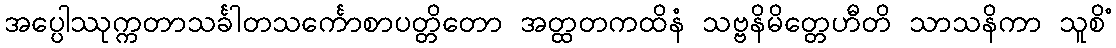
အပ္ပေါဿုက္ကတာသင်္ခါတသင်္ကောစာပတ္တိတော အတ္ထတကထိနံ သဗ္ဗနိမိတ္တေဟီတိ သာသနိကာ သူစိံ